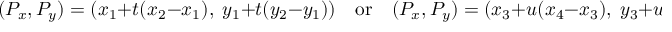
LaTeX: ( P _ { x } , P _ { y } ) = ( x _ { 1 } + t ( x _ { 2 } - x _ { 1 } ) , \; y _ { 1 } + t ( y _ { 2 } - y _ { 1 } ) ) \quad { \mathrm { o r } } \quad ( P _ { x } , P _ { y } ) = ( x _ { 3 } + u ( x _ { 4 } - x _ { 3 } ) , \; y _ { 3 } + u ( y _ { 4 } - y _ { 3 } ) )